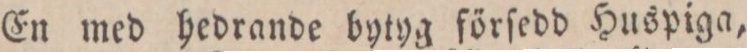
En med hedrande bytyg förſedd Huspiga,